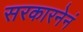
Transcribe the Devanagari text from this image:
सरकारनेनं